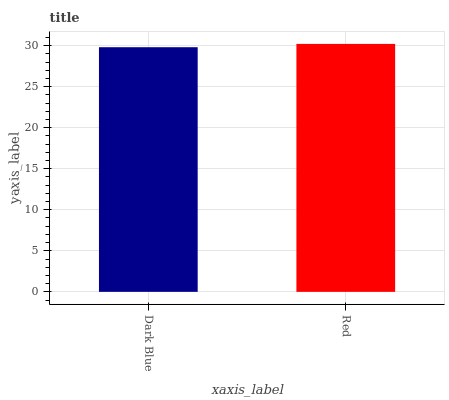
| xaxis_label | bars |
 | --- | --- |
 | Dark Blue | 29.8 |
 | Red | 30.2 |